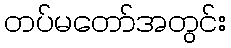
တပ်မတော်အတွင်း